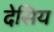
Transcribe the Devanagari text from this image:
देसिय